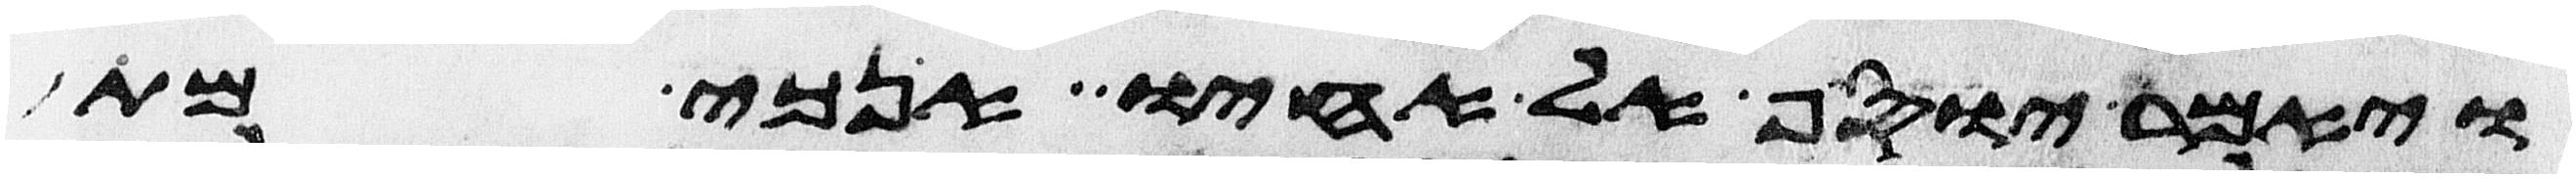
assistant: ויאמר יוסף אל אחיו אנכי מת